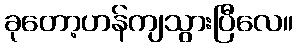
ခုတော့ဟန်ကျသွားပြီလေ။